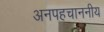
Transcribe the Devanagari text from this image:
अनपहचाननीय